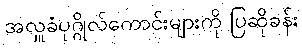
အလှူခံပုဂ္ဂိုလ်ကောင်းများကို ပြဆိုခန်း